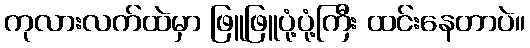
ကုလားလက်ထဲမှာ ဖြူဖြူပုံ့ပုံ့ကြီး ထင်းနေတာပဲ။